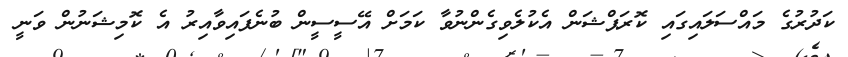
ކަދުރުގެ މައްސަލައިގައި ކޮރަޕްޝަން އެކުލެވިގެންނުވާ ކަމަށް އޭސީސީން ބުނެފައިވާއިރު އެ ކޮމިޝަނުން ވަނީ